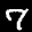
Label: 7